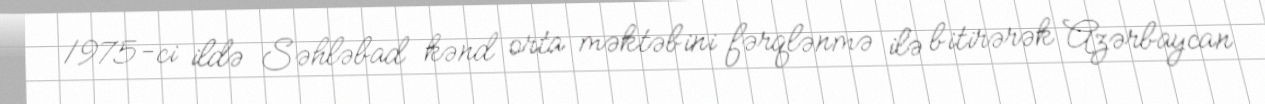
1975-ci ildə Səhləbad kənd orta məktəbini fərqlənmə ilə bitirərək Azərbaycan